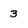
Character: 3